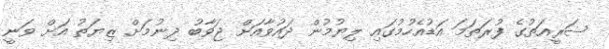
ޝަރީއަތުގެ ފުރަތަމަ އަޑުއެހުމުގައި ލިޔުމުން ދައުވާއަށް ޖަވާބު ދިނުމަށް ޒިޔަތު އަށް ވަނީ